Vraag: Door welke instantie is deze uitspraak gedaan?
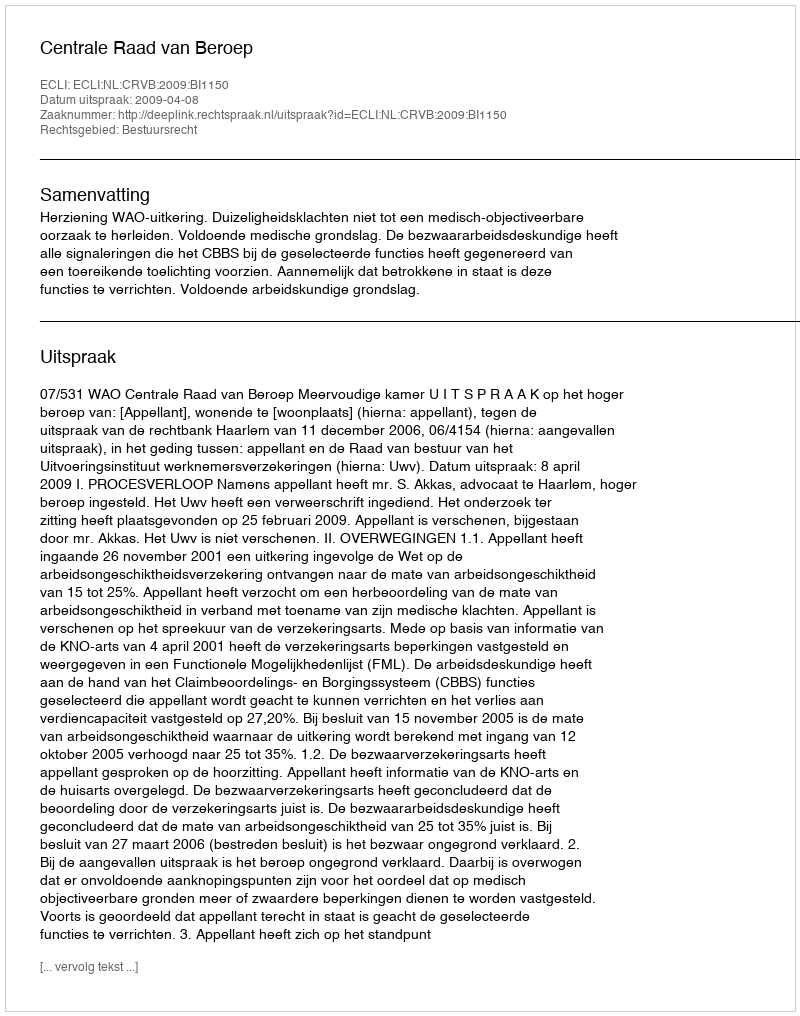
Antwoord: Centrale Raad van Beroep